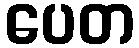
ပေတ